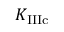
K _ { \mathrm { { I I I c } } }